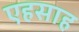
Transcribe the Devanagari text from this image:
एहसाह